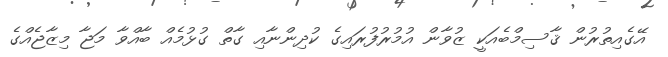
އޭގެއިތުރުން ޤާސިމްބެއަކީ ޒުވާން އުމުރުފުރައިގެ ކުދިންނާއި ގާތް ގުޅުމެއް ބާއްވާ މަޖާ މިޒާޖެއްގެ